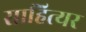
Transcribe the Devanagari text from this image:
साहित्यर